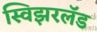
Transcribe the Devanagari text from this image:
स्विझरलॅड